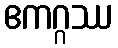
ဧကဂ္ဂဿ